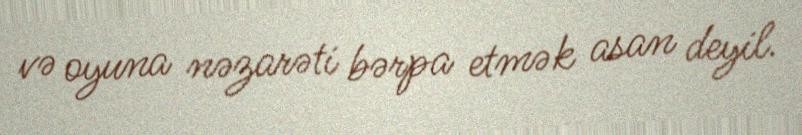
və oyuna nəzarəti bərpa etmək asan deyil.